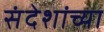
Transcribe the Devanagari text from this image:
संदेशांच्या